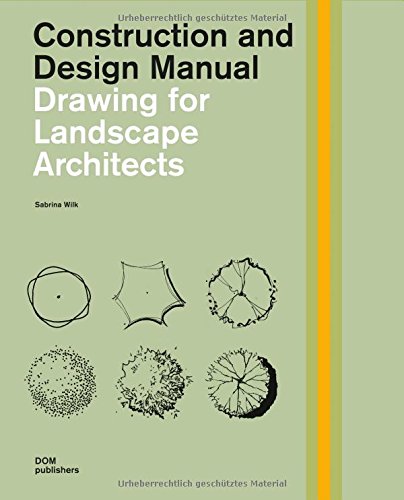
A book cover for Drawing for Landscape Architects: Construction and Design Manual; Sabrina Wilk; Arts & Photography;